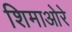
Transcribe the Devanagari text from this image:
शिमाओरे